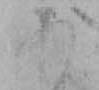
あ